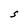
Character: S